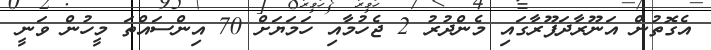
އެގޮތުން އަނޫރާދަޕޫރާގައި މެންދުރު 2 ޖެހުމާއި ހަމަޔަށް 70 އިންސައްތަ މީހުން ވަނީ